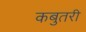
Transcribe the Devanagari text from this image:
कबुतरी